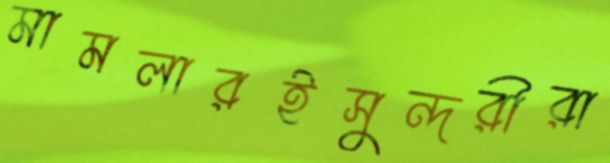
মামলারইসুন্দরীরা